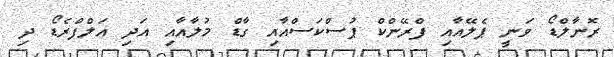
ރޮނާލްޑޯ ވަނީ ޕެލޭއާއި ފްރޭންކް ޕުސްކަސްއާއި ގާޑް މުލާއާއި އަދި އަލްފްރެޑޯ ދި